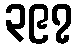
၃၉၇